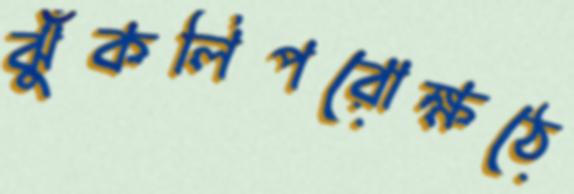
ঝুঁকলিপরোক্ষঠে